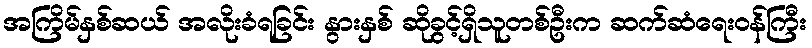
အကြိမ်နှစ်ဆယ် အလိုးခံရခြင်း နွားနှစ် ဆိုခွင့်ရှိသူတစ်ဦးက ဆက်ဆံရေးဝန်ကြီး